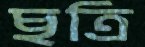
ছত্রি